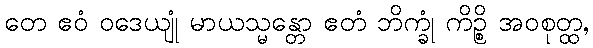
တေ ဧဝံ ဝဒေယျုံ မာယသ္မန္တော ဧတံ ဘိက္ခုံ ကိဉ္စိ အဝစုတ္ထ,